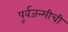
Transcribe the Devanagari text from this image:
पूर्वजन्मीची